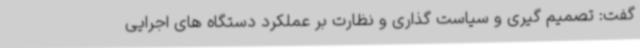
گفت: تصمیم گیری و سیاست گذاری و نظارت بر عملکرد دستگاه های اجرایی